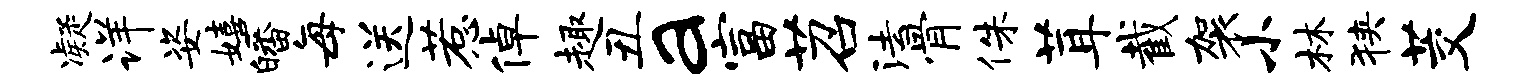
凝详姿嬉皤每送惹倬趣丑a富苕法骨侏茸截袈小林狭茭